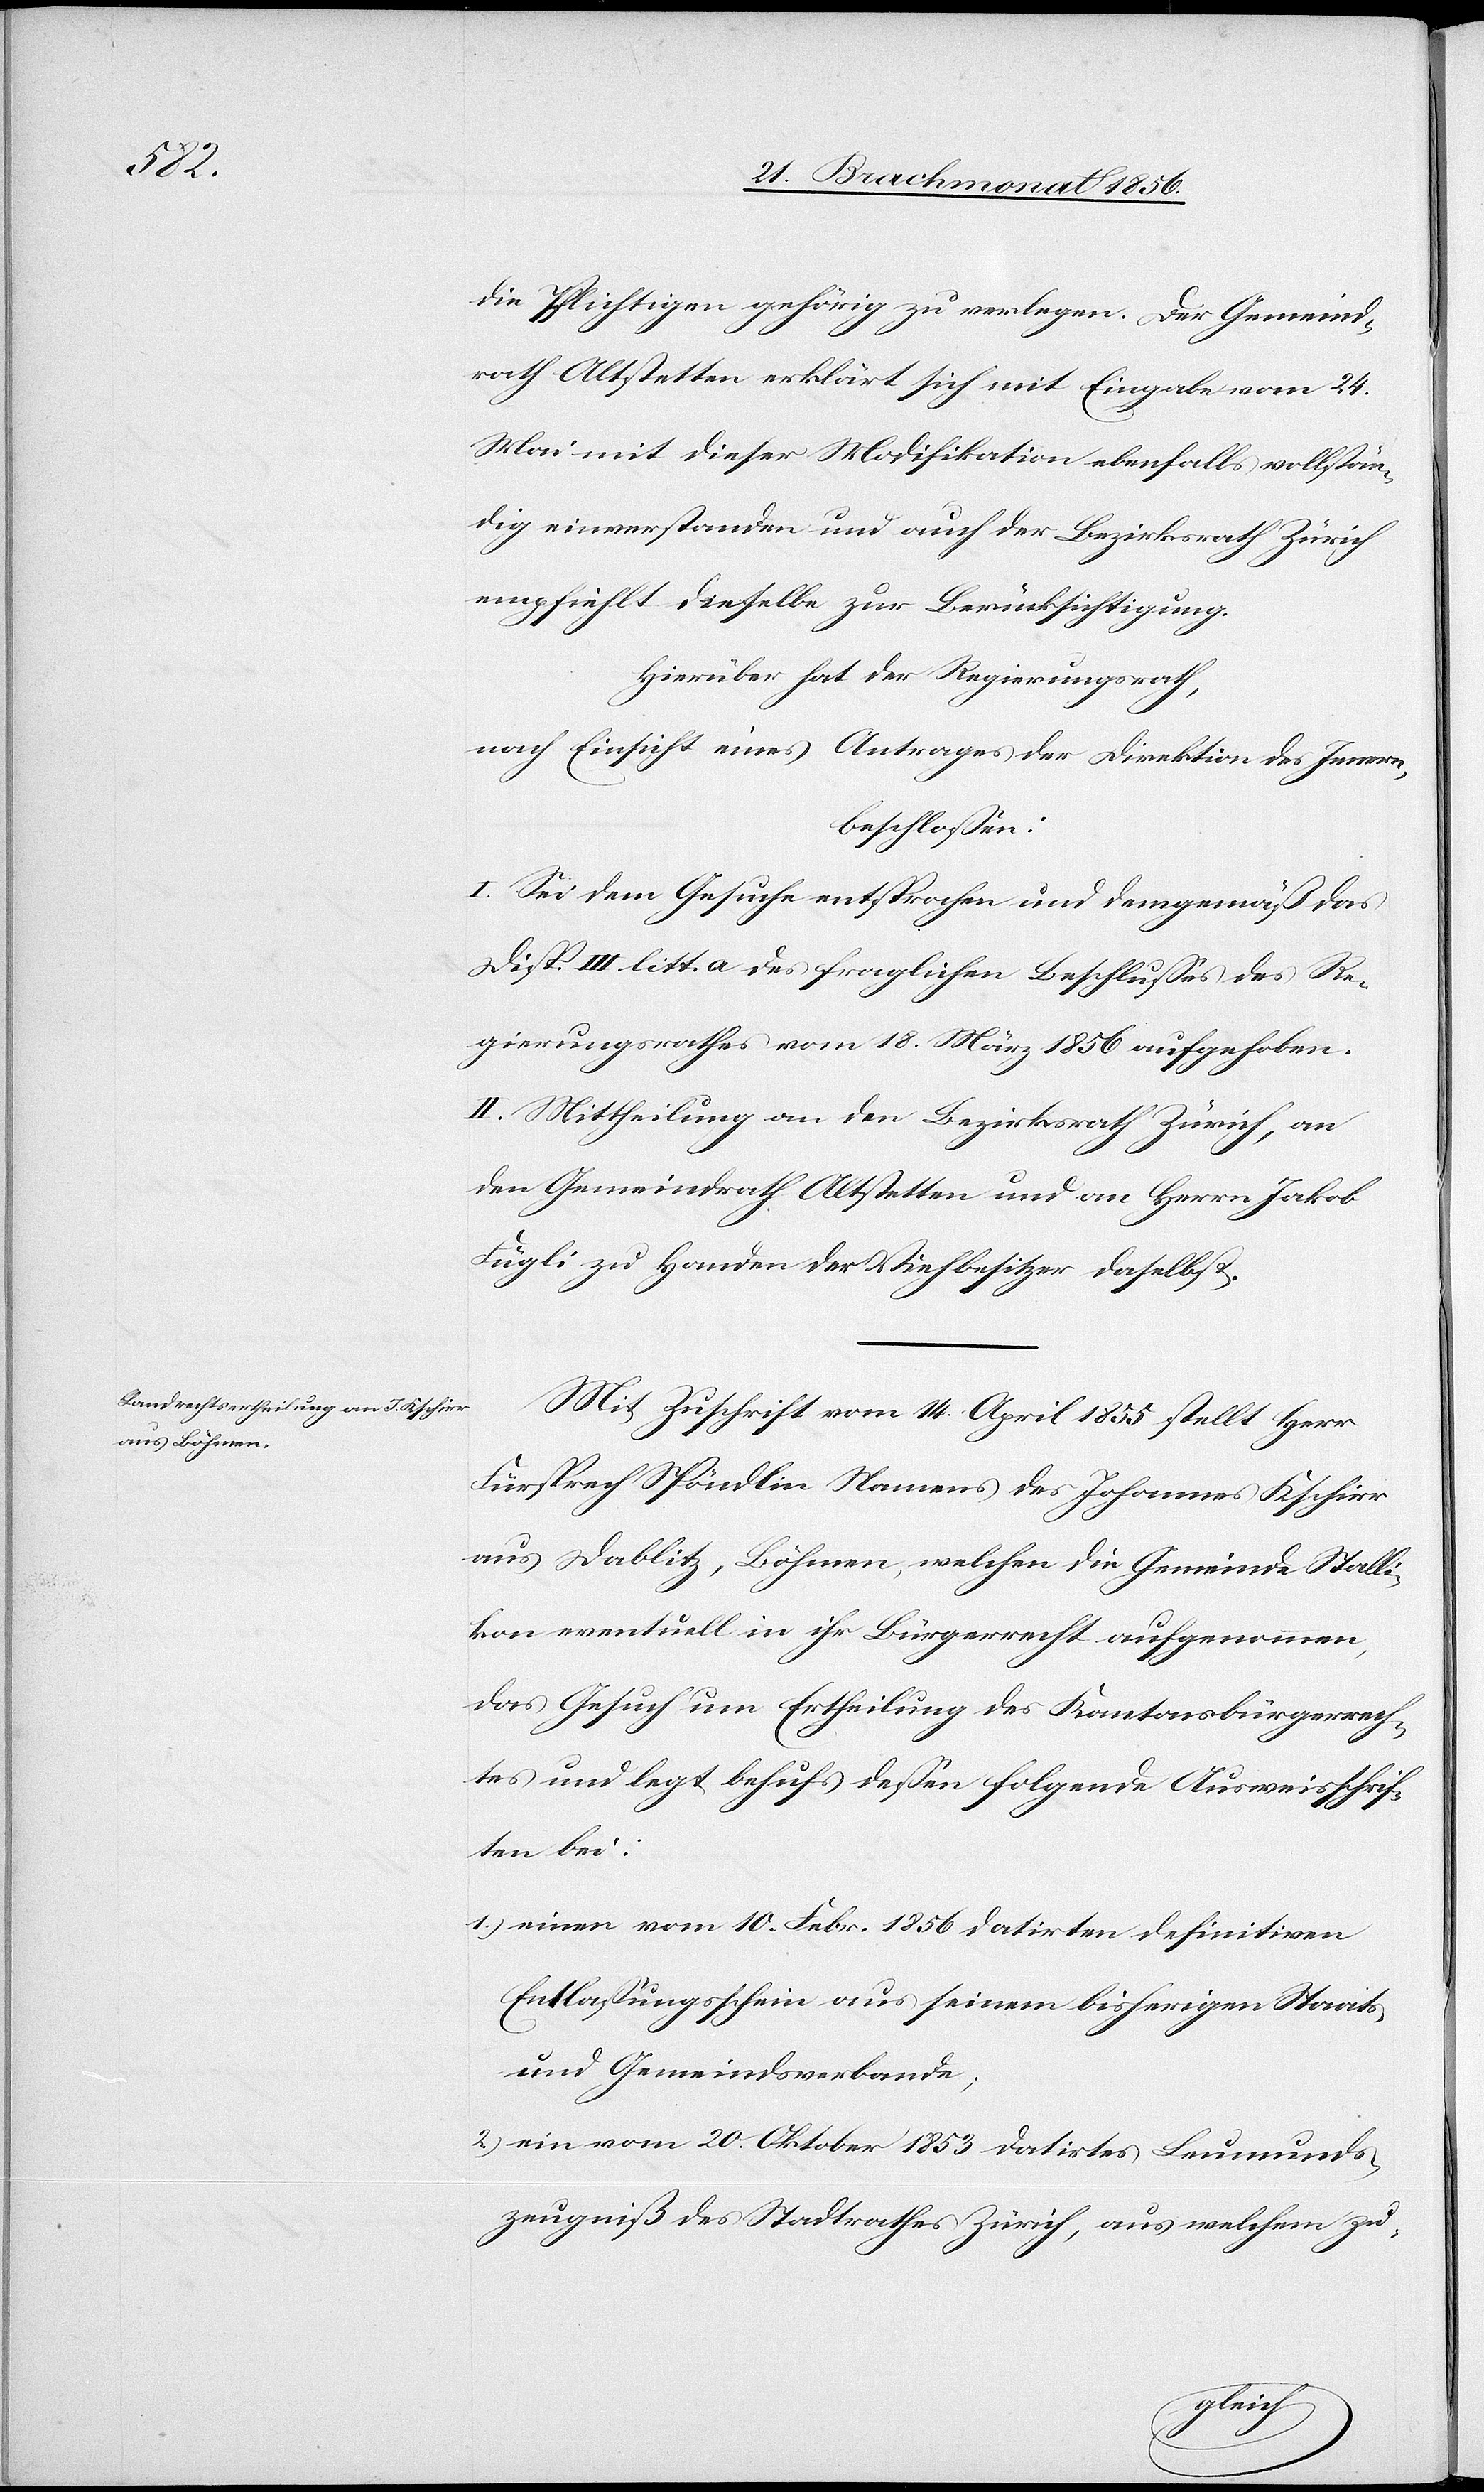
die Pflichtigen gehörig zu verlegen. Der Gemeind¬
rath Altstetten erklärt sich mit Eingabe vom 24.
Mai mit dieser Modifikation ebenfalls vollstän¬
dig einverstanden und auch der Bezirksrath Zürich
empfiehlt dieselbe zur Berücksichtigung.
Hierüber hat der Regierungsrath,
nach Einsicht eines Antrages der Direktion des Innern,
beschlossen:
I. Sei dem Gesuche entsprochen und demgemäß das
Disp. III litt. a des fraglichen Beschlusses des Re¬
gierungsrathes vom 18. März 1856 aufgehoben.
II. Mittheilung an den Bezirksrath Zürich, an
den Gemeindrath Altstetten und an Herrn Jakob
Fügli zu Handen der Viehbesitzer daselbst.
Mit Zuschrift vom 14. April 1855 stellt Herr
Fürsprech Spöndlin Namens des Johannes Kschirr
aus Dablitz, Böhmen, welchen die Gemeinde Stalli¬
kon eventuell in ihr Bürgerrecht aufgenommen,
das Gesuch um Ertheilung des Kantonsbürgerrech¬
tes und legt behufs dessen folgende Ausweisschrif¬
ten bei:
1.) einen vom 10. Febr. 1856 datirten definitiven
Entlassungsschein aus seinem bisherigen Staats-
und Gemeindsverbande;
2.) ein vom 20. Oktober datirtes Leumunds¬
zeugniß des Stadtrathes Zürich, aus welchem zu-